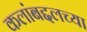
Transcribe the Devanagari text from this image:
कलांबद्दलच्या